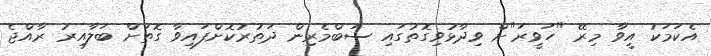
އެކަމަކު އީވާ މިރޭ "ހަވީރަ"ށް ވިދާޅުވިގޮތުގައި ސަބްމެރިން ދަތުރުކޮށްފައިވާ ގޮތަށް ބަލާއިރު ރާއްޖެ